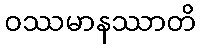
ဝဿမာနဿာတိ